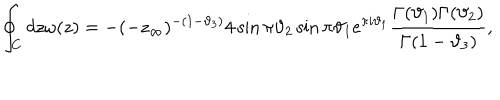
\oint _ { C } d z \omega ( z ) = - ( - z _ { \infty } ) ^ { - ( 1 - \vartheta _ { 3 } ) } 4 \sin \pi \vartheta _ { 2 } \sin \pi \vartheta _ { 1 } e ^ { \pi i \vartheta _ { 1 } } \frac { \Gamma ( \vartheta _ { 1 } ) \Gamma ( \vartheta _ { 2 } ) } { \Gamma ( 1 - \vartheta _ { 3 } ) } ,